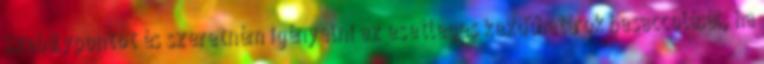
Szabálypontot és szeretném igényelni az esetleges kezdőhatárok besaccolását, ha